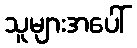
သူများအပေါ်